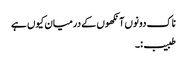
ناک دونوں آنکھوں کے درمیان کیوں ہے
طبیب:۔